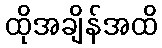
ထိုအချိန်အထိ